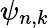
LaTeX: \psi_{n,k}